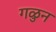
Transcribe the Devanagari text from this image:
गळुन